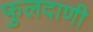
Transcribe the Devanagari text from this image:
फुलदाणी